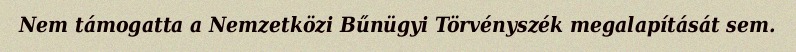
Nem támogatta a Nemzetközi Bűnügyi Törvényszék megalapítását sem.